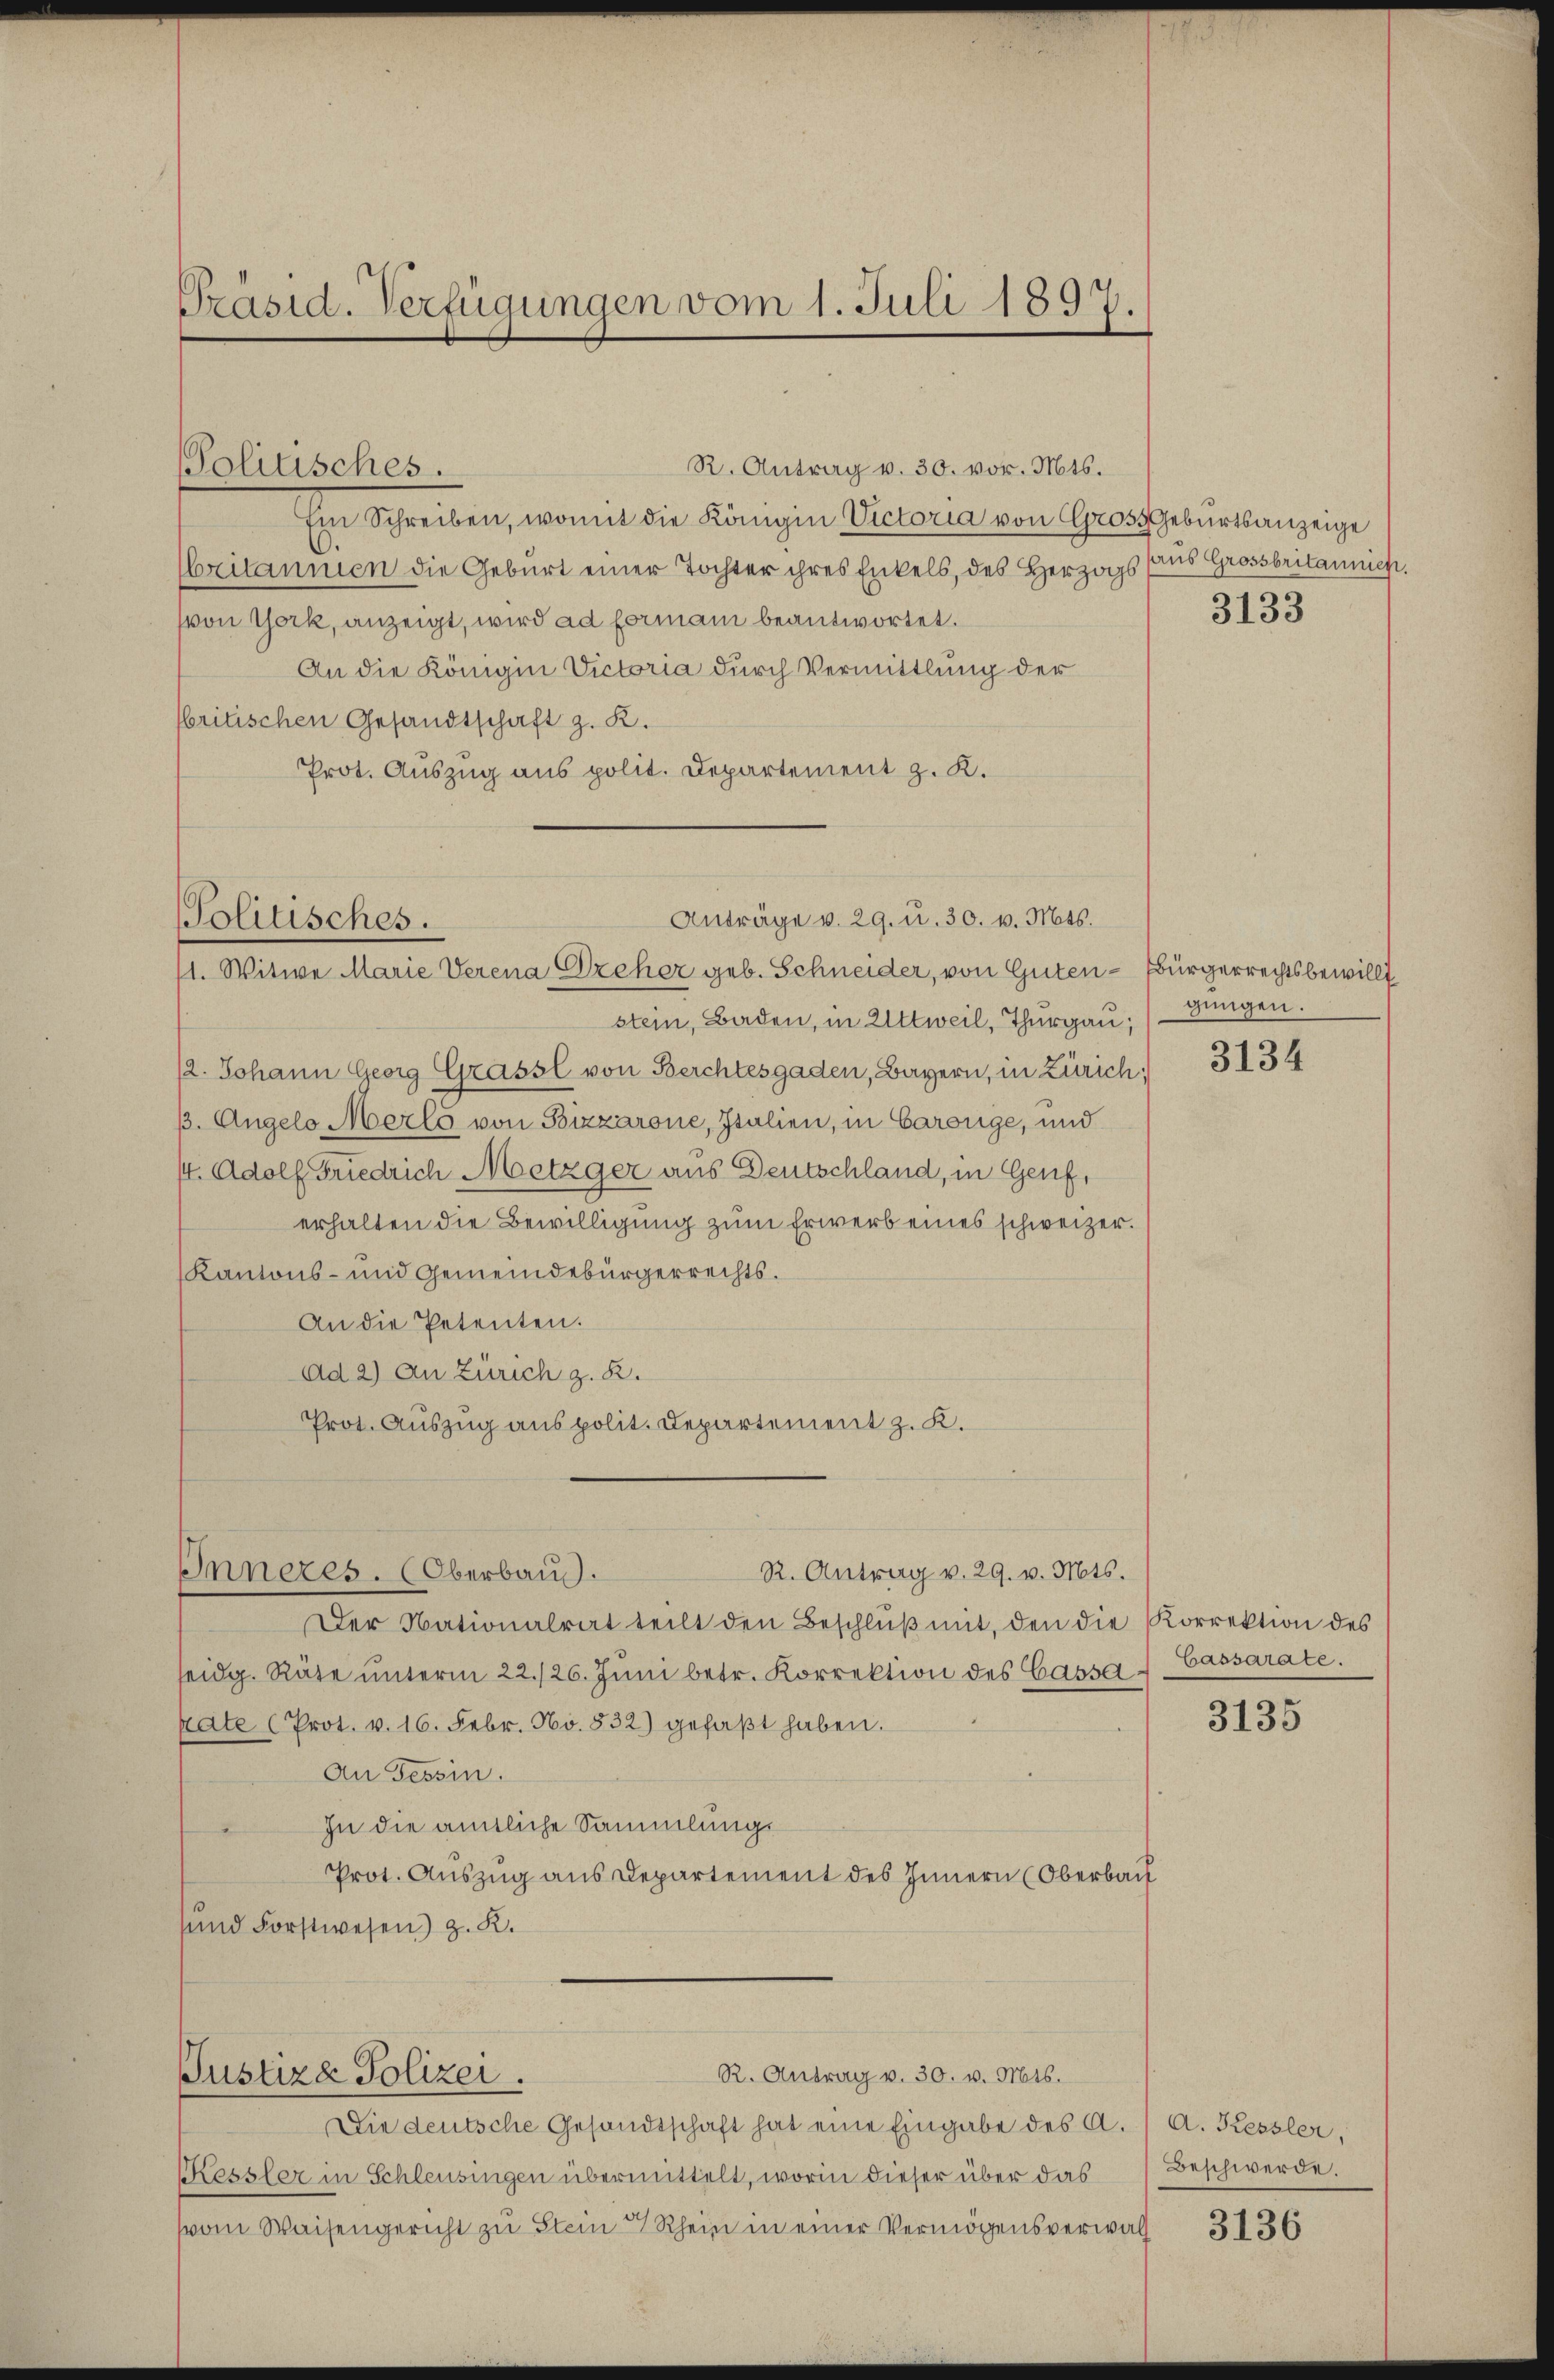
Präsid. Verfügungen vom 1. Juli 1897.

R. Antrag v. 30. vor. Mts.
Im Schreiben, womit die Königin Victoria von Gross Geburtsanzeige
.
britannien die Geburt einer Tochter ihres Enkels, des Herzogs sans Grossbritannich
von York, anzeigt, wird ad formani beantwortet.
An die Königin Victoria durch Vermittlung der
britischen Gesandtschaft z. K.
Prot. Auszug aus polit. Departement z. K.

Politisches.

Anträge v. 29. u. 30. v. Mts.
Politisches.
11. Witwe Marie Verena Dreher geb. Schneider, von Guten-Bürgerrechtsbewillt

12. Johann Georg Grassl von Berchtesgaden, Bayern, in Zürich
p. Angelo Merls von Bizzarone, Italien, in Carouge, und
14. Adolf Friedrich Metzger aus Deutschland, in Genf,
erhalten die Bewilligung zum Erwerb eines schweizer.
Kantons- und Gemeindebürgerrechts.
An die Petenten.
Ad 2) An Zürich z. R.
Prot. Auszug aus polit. Departement z. K.
R. Antrag v. 29. v. Mts.
Inneres. (Oberbaus.
Der Nationalrat teilt den Beschlŭβ mit, den die Korrektion des
seidg. Räte ŭnterm 22./26. Jŭni betr. Korrektion des Cassa Cassarate.
pate (Prot. v. 16. Febr. No. 832) gefaβt haben.
An Tessin.
In die amtliche Sammlungs
Prot. Auszug aus Departement des Innern (Oberbach
sund Forstwesen) z. K.

stein, Baden, in Attweil, Thurgau,

R. Antrag v. 30. v. Mts.
Justiza Polizei.

Die deutsche Gesandtschaft hat eine Eingabe des A.
Kessler in Schleusingen übermittelt, worin dieser über das
vom Waisengericht zu Stein Rhein in einer Vermögensverwal

3133

gungen.

3134

3135

A. Kessler,
Beschwerde.

3136